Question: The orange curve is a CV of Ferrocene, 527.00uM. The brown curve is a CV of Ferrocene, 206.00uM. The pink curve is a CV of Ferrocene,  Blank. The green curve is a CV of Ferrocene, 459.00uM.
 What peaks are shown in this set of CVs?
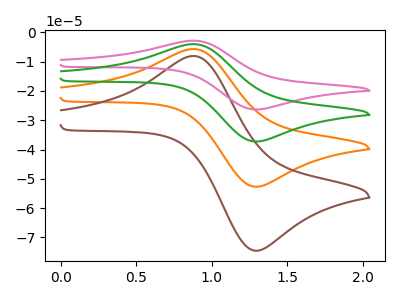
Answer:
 <answer>The orange curve "Ferrocene, 527.00uM" has an anodic peak at (0.90V, -5.70uA) and a cathodic peak at (1.25V, -52.60uA). The brown curve "Ferrocene, 206.00uM" has an anodic peak at (0.90V, -8.10uA) and a cathodic peak at (1.25V, -74.40uA). The pink curve "Ferrocene,  Blank" has an anodic peak at (0.90V, -17.15uA) and a cathodic peak at (1.25V, -157.80uA). The green curve "Ferrocene, 459.00uM" has an anodic peak at (0.90V, -11.45uA) and a cathodic peak at (1.25V, -105.20uA).</answer>
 <eval></eval>